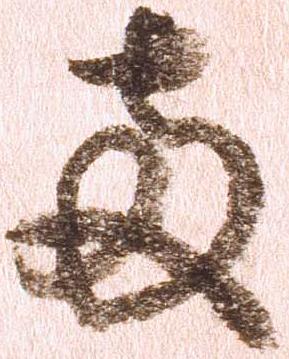
両